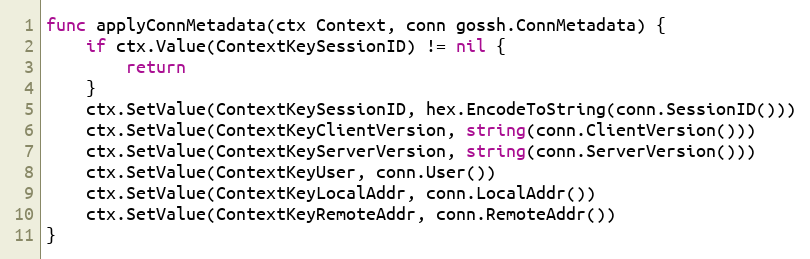
Language: Go
func applyConnMetadata(ctx Context, conn gossh.ConnMetadata) {
	if ctx.Value(ContextKeySessionID) != nil {
		return
	}
	ctx.SetValue(ContextKeySessionID, hex.EncodeToString(conn.SessionID()))
	ctx.SetValue(ContextKeyClientVersion, string(conn.ClientVersion()))
	ctx.SetValue(ContextKeyServerVersion, string(conn.ServerVersion()))
	ctx.SetValue(ContextKeyUser, conn.User())
	ctx.SetValue(ContextKeyLocalAddr, conn.LocalAddr())
	ctx.SetValue(ContextKeyRemoteAddr, conn.RemoteAddr())
}